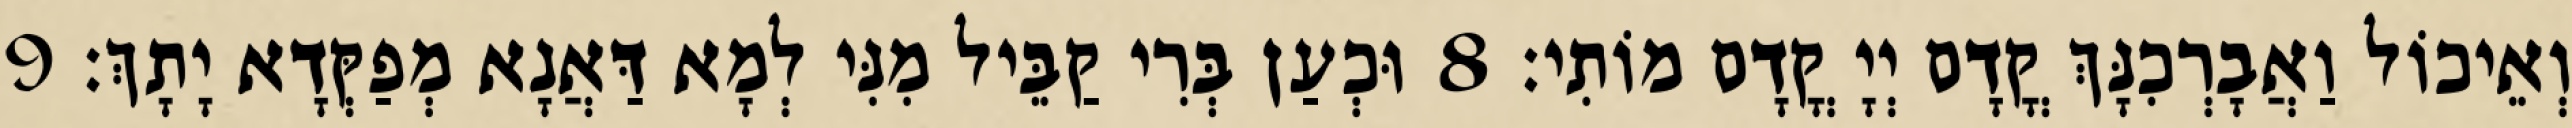
וְאֵיכוֹל וַאֲבָרְכִנָּךְ קֳדָם יְיָ קֳדָם מוֹתִי׃ 8 וּכְעַן בְּרִי קַבֵּיל מִנִּי לְמָא דַּאֲנָא מְפַקְּדָא יָתָךְ׃ 9